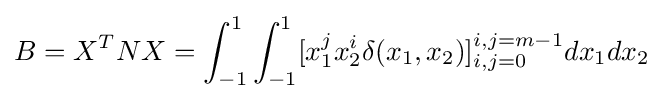
B=X^{T}NX=\int _{-1}^{1}\int _{-1}^{1}[x_{1}^{j}x_{2}^{i}\delta (x_{1},x_{2})]_{i,j=0}^{i,j=m-1}dx_{1}dx_{2}